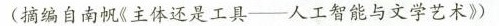
(摘编自南视《主体还是工具--人工智能与文学艺术》)